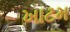
ખાટમ